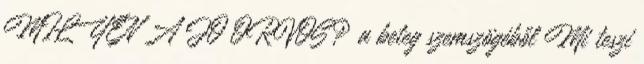
MILYEN A JÓ ORVOS? a beteg szemszögéből Mi teszi